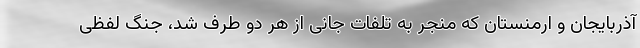
آذربایجان و ارمنستان که منجر به تلفات جانی از هر دو طرف شد، جنگ لفظی